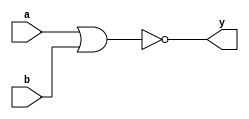
`timescale 1ns / 1ps
//////////////////////////////////////////////////////////////////////////////////
// Company: 
// Engineer: 
// 
// Design Name: 
// Module Name: ic_7402
// Project Name: 
// Target Devices: 
// Tool Versions: 
// Description: 
// 
// Dependencies: 
// 
// Revision:
// Revision 0.01 - File Created
// Additional Comments:
// 
//////////////////////////////////////////////////////////////////////////////////


module ic_7402(
    input [3:0] a,
    input [3:0] b,
    output [3:0] y
    );
    
    assign y = ~ (a | b);
    
endmodule